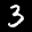
Label: 3